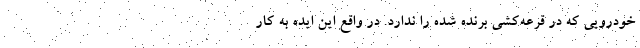
خودرویی که در قرعه‌کشی برنده شده را ندارد. در واقع این ایده به کار